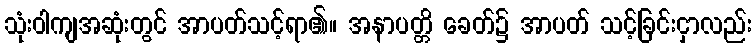
သုံးဝါကျအဆုံးတွင် အာပတ်သင့်ရာ၏။ အနာပတ္တိ ခေတ်၌ အာပတ် သင့်ခြင်းငှာလည်း